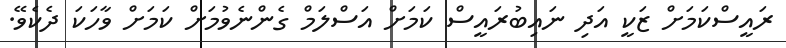
ރައީސްކަމަށް ޒަކީ އަދި ނައިބުރައީސް ކަމަށް އަސްލަމް ގެންނެވުމަށް ކަމަށް ވާހަކަ ދެކެވޭ.